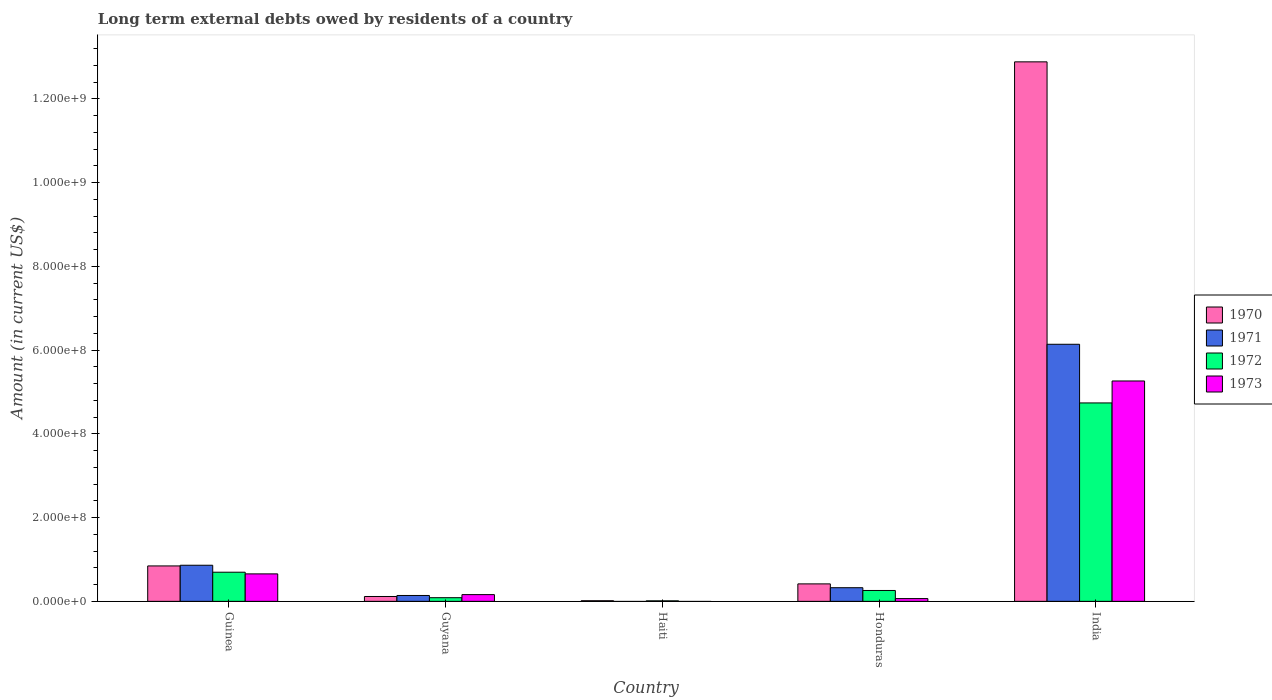
| Country | 1970 | 1971 | 1972 | 1973 |
 | --- | --- | --- | --- | --- |
 | Guinea | 8.46e+07 | 8.63e+07 | 6.96e+07 | 6.56e+07 |
 | Guyana | 1.16e+07 | 1.4e+07 | 8.75e+06 | 1.61e+07 |
 | Haiti | 1.51e+06 | -4.39e+05 | 1.24e+06 | -2.20e+06 |
 | Honduras | 4.17e+07 | 3.26e+07 | 2.6e+07 | 6.62e+06 |
 | India | 1.29e+09 | 6.14e+08 | 4.74e+08 | 5.26e+08 |